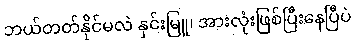
ဘယ်တတ်နိုင်မလဲ နှင်းမြူ၊ အားလုံးဖြစ်ပြီးနေပြီပဲ